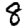
Digit: 8